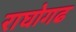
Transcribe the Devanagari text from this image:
राघोगढ